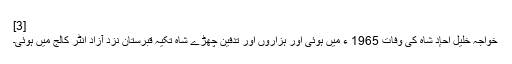
[3]
خواجہ خلیل احإد شاہ کی وفات 1965 ء میں ہوئی اور ہزاروں اور تدفین چھڑے شاہ تکیہ قبرستان نزد آزاد انٹر کالج میں ہوئی۔